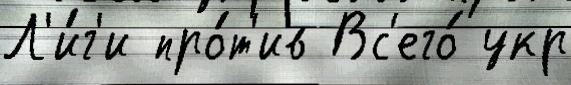
Л'и́г'и про́т'ив Вс'его́ укр